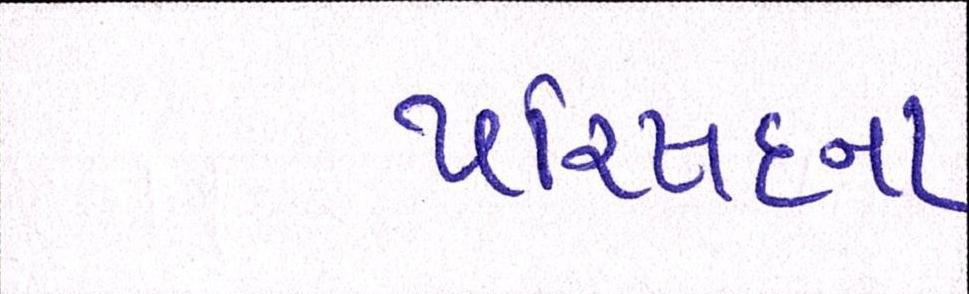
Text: પરિષદના